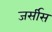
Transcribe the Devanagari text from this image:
जर्सीस